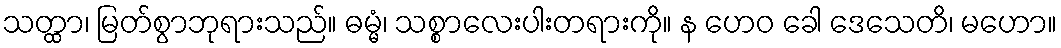
သတ္ထာ၊ မြတ်စွာဘုရားသည်။ ဓမ္မံ၊ သစ္စာလေးပါးတရားကို။ န ဟေဝ ခေါ ဒေသေတိ၊ မဟော။